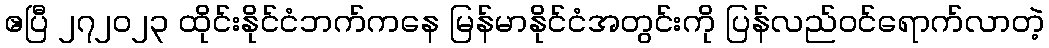
ဧပြီ ၂၇၂၀၂၃ ထိုင်းနိုင်ငံဘက်ကနေ မြန်မာနိုင်ငံအတွင်းကို ပြန်လည်ဝင်ရောက်လာတဲ့